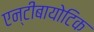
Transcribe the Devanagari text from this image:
एन्टीबायोटिक